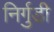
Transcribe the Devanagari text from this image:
निर्गुडी